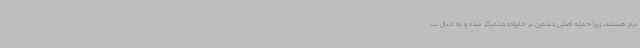
نرم هستند، زیرا حمله اصلی دشمن بر خانواده متمرکز شده و به دنبال ب